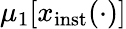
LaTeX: \mu_{1}\lbrack x_{\mathrm{inst}}(\cdot)\rbrack